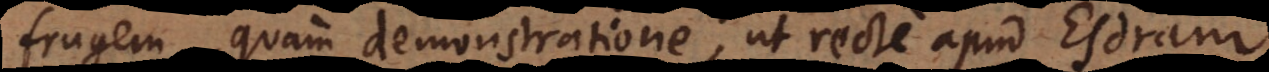
frugem, quam demonstratione, ut recte apud Esdram